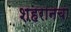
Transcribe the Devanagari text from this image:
शहरानचा